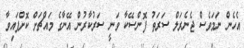
އެހެން ނަމަވެސް ޖެނެރަލް ސަރަތު ފޮންސޭކާ ވަނީ ސަރުކާރުން އޭނާގެ މައްޗަށް ކޮށްފައިވާ